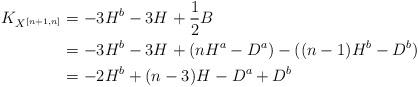
LaTeX: \begin{align*} K_{X^{[n+1,n]}} &=-3H^b-3H^{}+\frac{1}{2}B^{} \\ &=-3H^b-3H^{}+(nH^a-D^a)-((n-1)H^b-D^b) \\ &=-2H^b+(n-3)H^{}-D^a+D^b\end{align*}